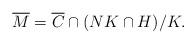
LaTeX: \begin{align*}\overline{M} = \overline{C} \cap (NK \cap H)/K.\end{align*}